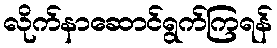
လိုက်နာဆောင်ရွက်ကြရန်